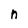
Character: n